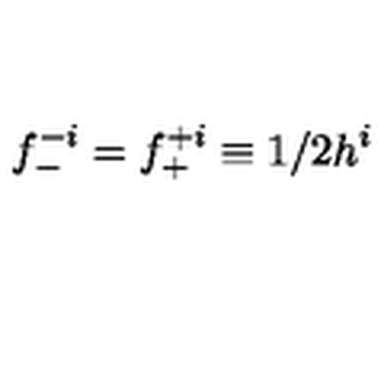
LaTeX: f _ { - } ^ { - i } = f _ { + } ^ { + i } \equiv 1 / 2 h ^ { i }